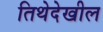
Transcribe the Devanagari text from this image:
तिथेदेखील